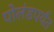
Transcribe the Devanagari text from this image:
पोलंडपर्यंत